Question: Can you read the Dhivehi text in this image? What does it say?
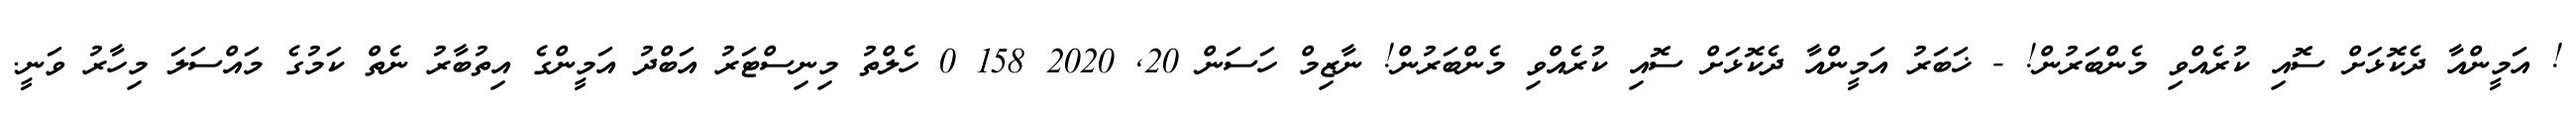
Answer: ! އަމީންއާ ދެކޮޅަށް ސޮއި ކުރެއްވި މެންބަރުން! - ޚަބަރު އަމީންއާ ދެކޮޅަށް ސޮއި ކުރެއްވި މެންބަރުން! ނާޒިމް ހަސަން 20, 2020 158 0 ހެލްތު މިނިސްޓަރު އަބްދު އަމީންގެ އިތުބާރު ނެތް ކަމުގެ މައްސަލަ މިހާރު ވަނީ.